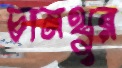
চানথুর